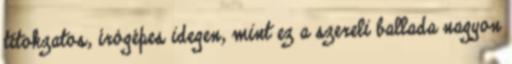
titokzatos, írógépes idegen, mint ez a szereli ballada nagyon